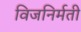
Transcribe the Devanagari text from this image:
विजनिर्मती